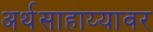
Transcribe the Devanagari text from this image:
अर्थसाहाय्यावर